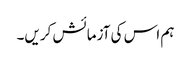
ہم اس کی آزمائش کریں۔